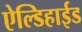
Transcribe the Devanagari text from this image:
ऐल्डिहाईड